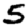
Digit: 5